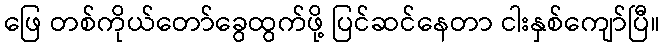
ဖြေ တစ်ကိုယ်တော်ခွေထွက်ဖို့ ပြင်ဆင်နေတာ ငါးနှစ်ကျော်ပြီ။